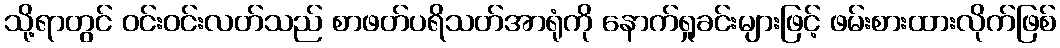
သို့ရာတွင် ဝင်းဝင်းလတ်သည် စာဖတ်ပရိသတ်အာရုံကို နောက်ရှုခင်းများဖြင့် ဖမ်းစားထားလိုက်ဖြစ်